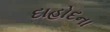
દાહોદના